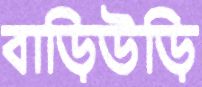
বাড়িউড়ি